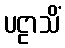
ပဠာသိံ